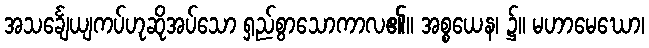
အသင်္ချေယျကပ်ဟုဆိုအပ်သော ရှည်စွာသောကာလ၏။ အစ္စယေန၊ ၌။ မဟာမေဃော၊